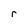
Character: r